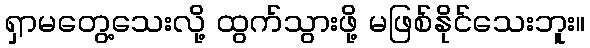
ရှာမတွေ့သေးလို့ ထွက်သွားဖို့ မဖြစ်နိုင်သေးဘူး။